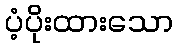
ပံ့ပိုးထားသော